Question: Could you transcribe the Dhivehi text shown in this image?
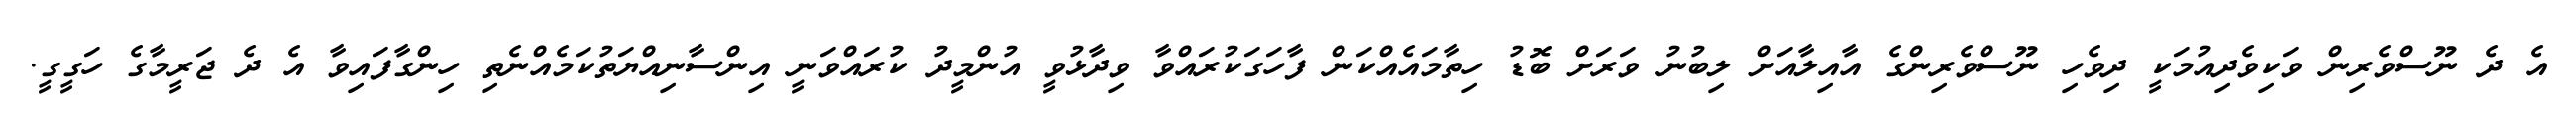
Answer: އެ ދެ ނޫސްވެރިން ވަކިވެދިއުމަކީ ދިވެހި ނޫސްވެރިންގެ އާއިލާއަށް ލިބުނު ވަރަށް ބޮޑު ހިތާމައެއްކަން ފާހަގަކުރައްވާ ވިދާޅުވީ އުންމީދު ކުރައްވަނީ އިންސާނިއްޔަތުކަމެއްނެތި ހިންގާފައިވާ އެ ދެ ޖަރީމާގެ ހަގީގީ.